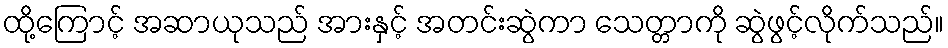
ထို့ကြောင့် အဆာယုသည် အားနှင့် အတင်းဆွဲကာ သေတ္တာကို ဆွဲဖွင့်လိုက်သည်။